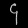
Digit: ၄